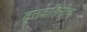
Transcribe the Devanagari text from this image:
वृत्तवाहिनीचा